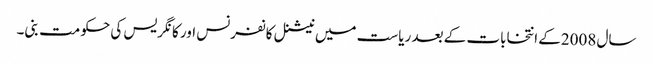
سال 2008کے انتخابات کے بعد ریاست میں نیشنل کانفرنس اور کانگریس کی حکومت بنی۔